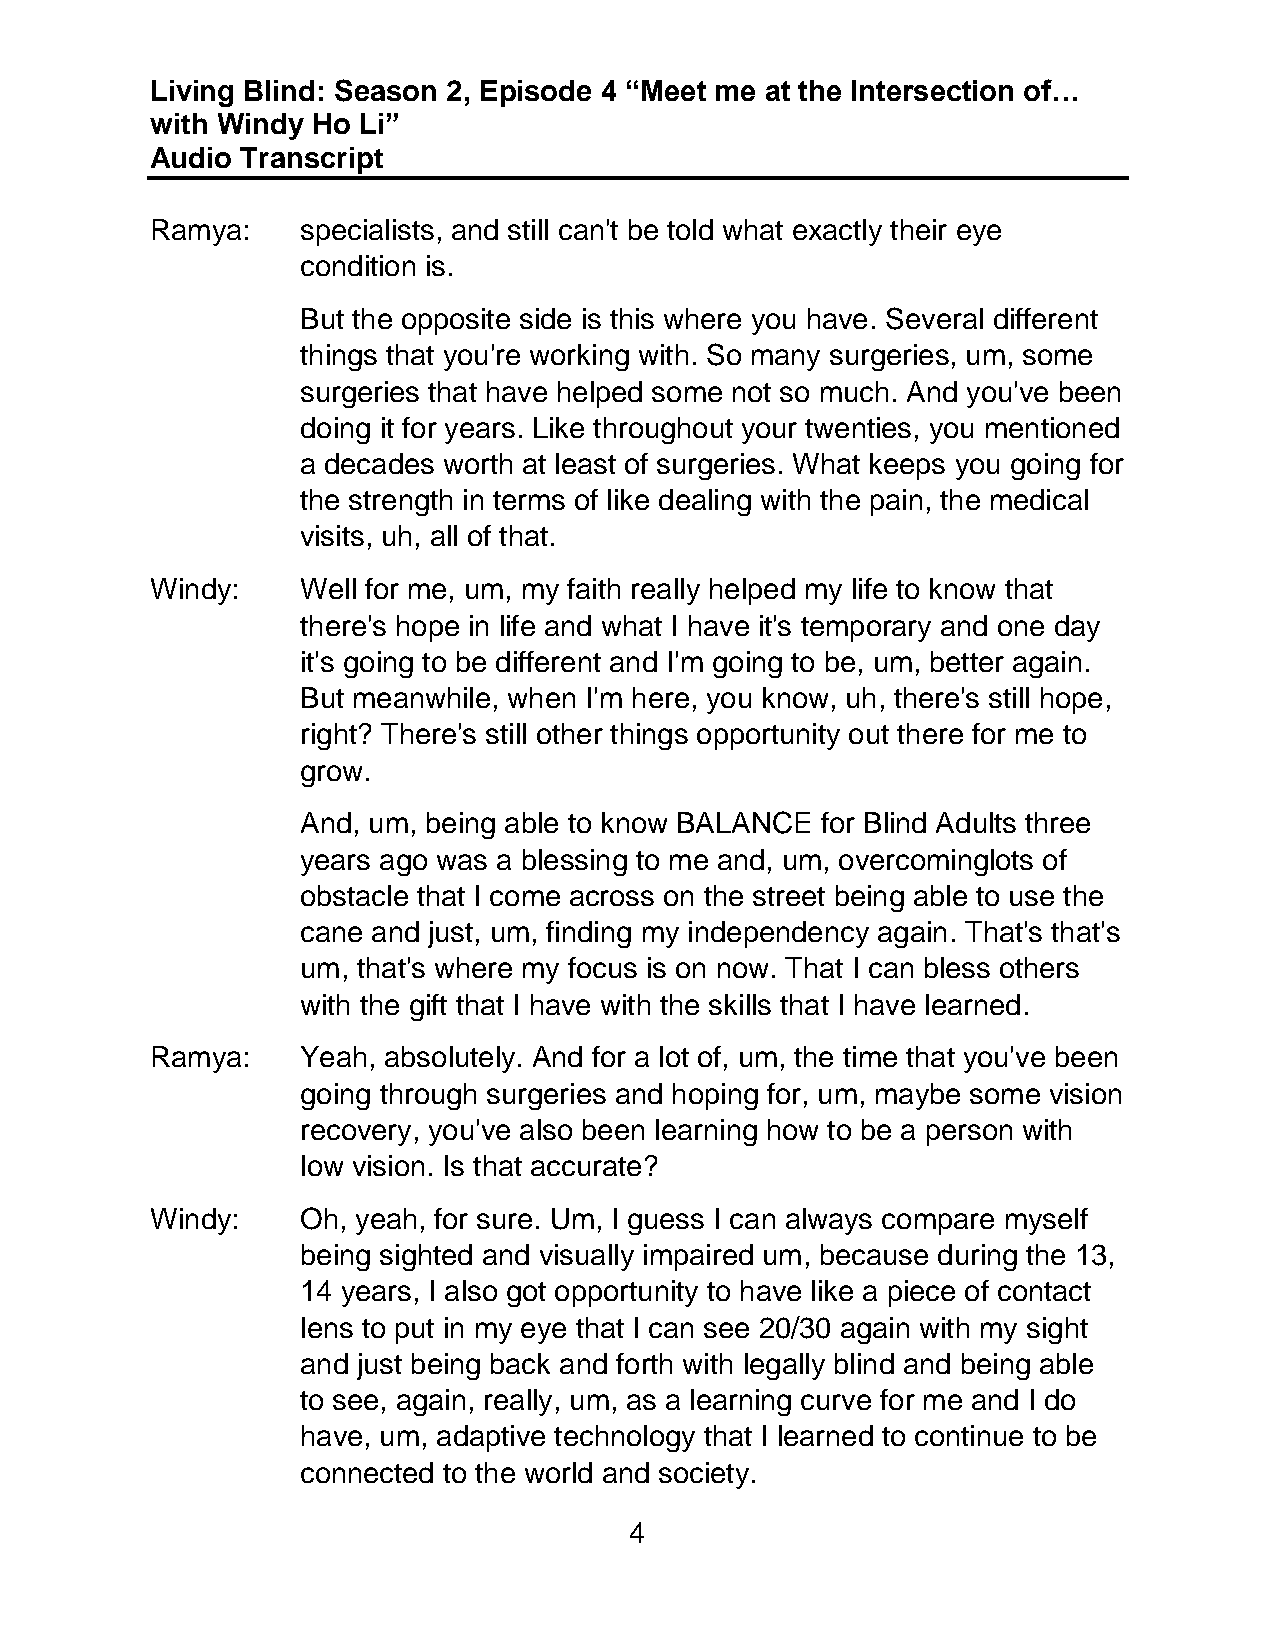
Living Blind: Season 2, Episode 4 “Meet me at the Intersection of…
 with Windy Ho Li”
 Audio Transcript
 Ramya:    specialists, and still can't be told what exactly their eye
 condition is.
 But the opposite side is this where you have. Several different
 things that you're working with. So many surgeries, um, some
 surgeries that have helped some not so much. And you've been
 doing it for years. Like throughout your twenties, you mentioned
 a decades worth at least of surgeries. What keeps you going for
 the strength in terms of like dealing with the pain, the medical
 visits, uh, all of that.
 Windy:    Well for me, um, my faith really helped my life to know that
 there's hope in life and what I have it's temporary and one day
 it's going to be different and I'm going to be, um, better again.
 But meanwhile, when I'm here, you know, uh, there's still hope,
 right? There's still other things opportunity out there for me to
 grow.
 And, um, being able to know BALANCE for Blind Adults three
 years ago was a blessing to me and, um, overcominglots of
 obstacle that I come across on the street being able to use the
 cane and just, um, finding my independency again. That's that's
 um, that's where my focus is on now. That I can bless others
 with the gift that I have with the skills that I have learned.
 Ramya:    Yeah, absolutely. And for a lot of, um, the time that you've been
 going through surgeries and hoping for, um, maybe some vision
 recovery, you've also been learning how to be a person with
 low vision. Is that accurate?
 Windy:    Oh, yeah, for sure. Um, I guess I can always compare myself
 being sighted and visually impaired um, because during the 13,
 14 years, I also got opportunity to have like a piece of contact
 lens to put in my eye that I can see 20/30 again with my sight
 and just being back and forth with legally blind and being able
 to see, again, really, um, as a learning curve for me and I do
 have, um, adaptive technology that I learned to continue to be
 connected to the world and society.
 4